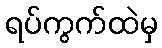
ရပ်ကွက်ထဲမှ